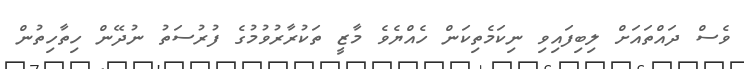
ވެސް ދައްތައަށް ލިބިފައިވި ނިކަމެތިކަން ހެއްޔެވެ މާޒީ ތަކުރާރުވުމުގެ ފުރުސަތު ނުދޭން ހިތާހިތުން